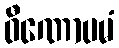
ဝီဏောပမံ